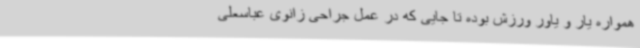
همواره یار و یاور ورزش بوده تا جایی که در عمل جراحی زانوی عباسعلی